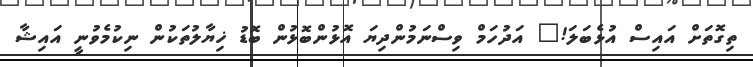
ތިގޮތަށް އައިސް އުޅެބަލަ!" އަދުހަމް ވިސްނަމުންދިޔަ އޮޅުންބޮޅުން ބޮޑު ޚިޔާލުތަކުން ނިކުމެވުނީ އައިޝާ